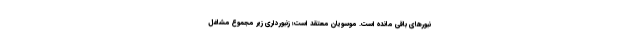
نبورهای باقی مانده است. موسویان معتقد است؛ زنبورداری زیر مجموع مشاغل